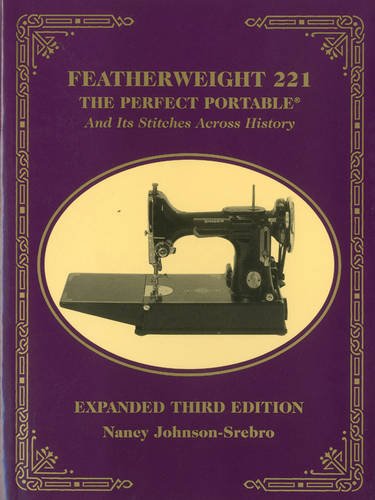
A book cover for Featherweight 221 - The Perfect Portable; Nancy Johnson-Srebro; Crafts, Hobbies & Home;